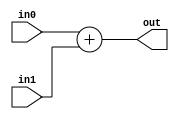
module adder_32bit (out, in0, in1);
input [31:0] in0;
input [31:0] in1;
output [31:0] out;

assign out = in0 + in1;

endmodule